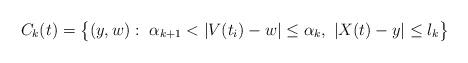
LaTeX: \begin{align*}C_{k}(t)=\big\{ (y, w): \ \alpha_{k+1}< |V(t_i)- w|\leq \alpha_k, \ |X(t)- y|\leq l_{k}\big\}\end{align*}